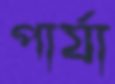
পার্যা